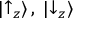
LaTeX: | { \uparrow } _ { z } \rangle \, , \; | { \downarrow } _ { z } \rangle